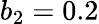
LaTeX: b_{2}=0.2